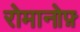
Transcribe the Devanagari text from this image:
रोमानोफ़्